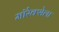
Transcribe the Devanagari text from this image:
मॉरेक्सेला